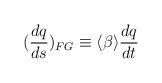
LaTeX: \begin{align*}(\frac{dq}{ds})_{FG}\equiv \langle \beta\rangle\frac{dq}{dt}\end{align*}